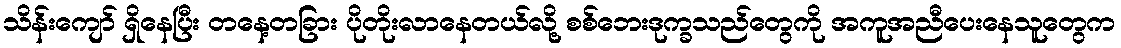
သိန်းကျော် ရှိနေပြီး တနေ့တခြား ပိုတိုးလာနေတယ်လို့ စစ်ဘေးဒုက္ခသည်တွေကို အကူအညီပေးနေသူတွေက